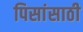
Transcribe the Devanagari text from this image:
पिसांसाठी